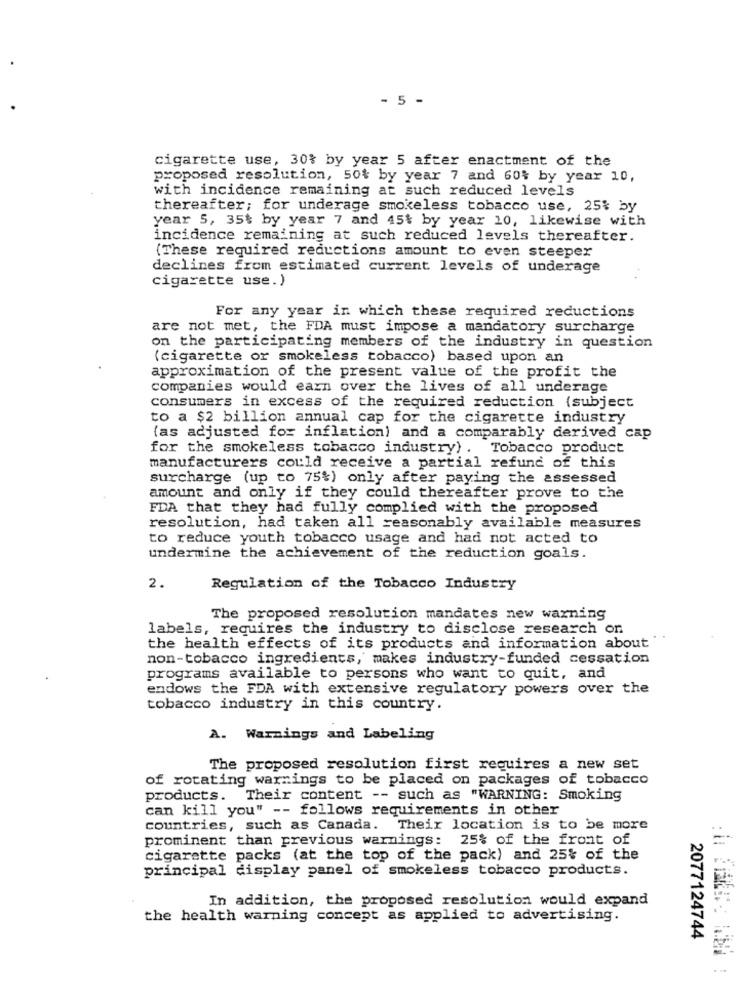
- 5 -
cigarette use, 30% by year 5 after enactment of the
proposed resolution, 50% by year 7 and 60% by year 10,
with incidence remaining at such reduced levels
thereafter; for underage smokeless tobacco use, 25% by
year 5, 35$ by year 7 and 45% by year 10, likewise with
incidence remaining at such reduced levels thereafter.
(These required reductions amount to even steeper
declines from estimated current levels of underage
cigarette use.)
For any year in which these required reductions
are not met, the FDA must impose a mandatory surcharge
on the participating members of the industry in question
(cigarette or smokeless tobacco) based upon an
approximation of the present value of the profit the
companies would earn over the lives of all underage
consumers in excess of the required reduction (subject
to a $2 billion annual cap for the cigarette industry
(as adjusted for inflation) and a comparably derived cap
for the smokeless tobacco industry) .
Tobacco product
manufacturers could receive a partial refund of this
surcharge (up to 75%) only after paying the assessed
amount and only if they could thereafter prove to the
FDA that they had fully complied with the proposed
resolution, had taken all reasonably available measures
to reduce youth tobacco usage and had not acted to
undermine the achievement of the reduction goals.
2.
Regulation of the Tobacco Industry
The proposed resolution mandates new warning
labels, requires the industry to disclose research on
the health effects of its products and information about'
non-tobacco ingredients, makes industry-funded cessation
programs available to persons who want to quit, and
endows the FDA with extensive regulatory powers over the
tobacco industry in this country.
A. Warmings and Labeling
The proposed resolution first requires a new set
of rotating warnings to be placed on packages of tobacco
products.
Their content -- such as "WARNING: Smoking
can kill you" -- follows requirements in other
countries, such as Canada. Their location is to be more
prominent than previous warnings: 25% of the front of
cigarette packs (at the top of the pack) and 25% of the
principal display panel of smokeless tobacco products.
In addition, the proposed resolution would expand
the health warning concept as applied to advertising.
2077124744